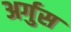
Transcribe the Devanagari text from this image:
अर्गुस